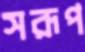
সরূপ